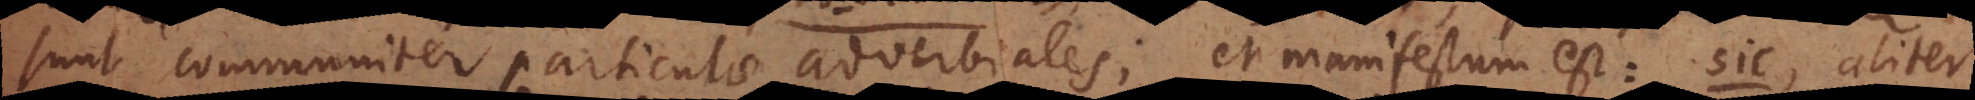
sunt communiter particulae adverbiales; et manifestum est: sic, aliter